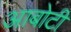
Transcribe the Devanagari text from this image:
आबोटी